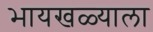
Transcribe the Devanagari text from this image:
भायखळ्याला